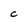
Character: C